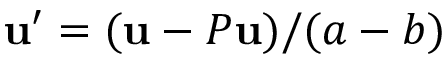
\mathbf { u } ^ { \prime } = ( \mathbf { u } - P \mathbf { u } ) / ( a - b )